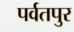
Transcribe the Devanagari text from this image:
पर्वतपुर